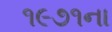
૧૯૭૧ના